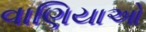
વાણિયાઓ